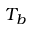
T _ { b }